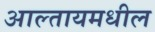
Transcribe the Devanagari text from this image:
आल्तायमधील